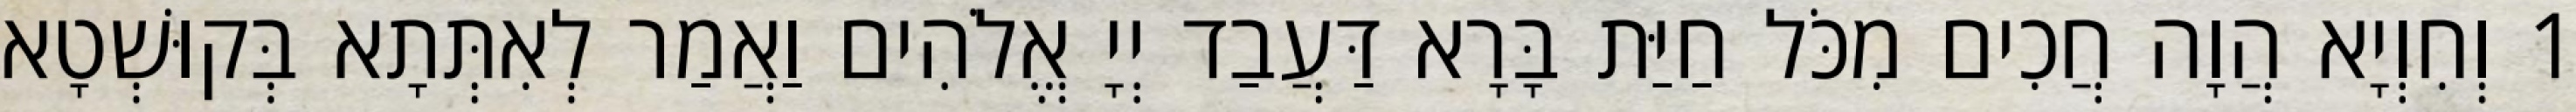
1 וְחִוְיָא הֲוָה חֲכִים מִכֹּל חַיַּת בָּרָא דַּעֲבַד יְיָ אֱלֹהִים וַאֲמַר לְאִתְּתָא בְּקוּשְׁטָא